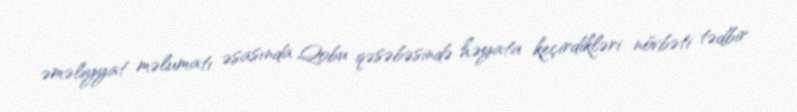
əməliyyat məlumatı əsasında Qobu qəsəbəsində həyata keçirdikləri növbəti tədbir